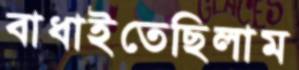
বাধাইতেছিলাম